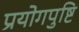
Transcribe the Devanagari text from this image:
प्रयोगपुष्टि